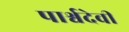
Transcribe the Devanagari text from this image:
पार्श्वदेवी